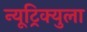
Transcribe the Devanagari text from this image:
न्यूट्रिक्युला